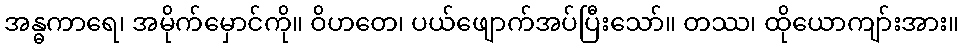
အန္ဓကာရေ၊ အမိုက်မှောင်ကို။ ဝိဟတေ၊ ပယ်ဖျောက်အပ်ပြီးသော်။ တဿ၊ ထိုယောကျာ်းအား။